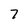
Character: 7